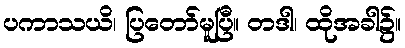
ပကာသယိ၊ ပြတော်မူပြီ။ တဒါ၊ ထိုအခါ၌။